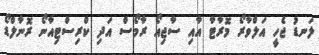
ލަނޑު ޖެހީ އަލްވާރޯ މޮރާޓާ އާއި ސާޖިއޯ ރާމޯސް އަދި ކްރިސްޓިއާނޯ ރޮނާލްޑޯ